Report of the Bombay Veterinary College
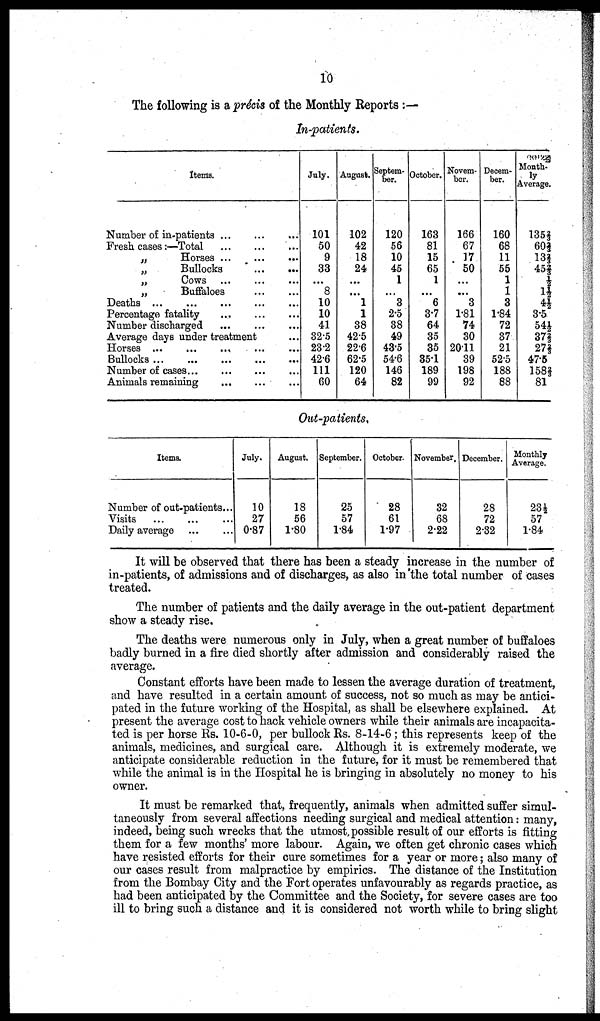
10
The following is a précis of the Monthly Reports :—
In-patients.
Items.
Number of in-patients...
...
...
Fresh cases:—Total
...
...
...
„
Horses...
...
...
„
Bullocks ... ...
...
„
Cows
...
...
...
„
Buffaloes
...
...
Deaths...
...
...
...
...
Percentage
fatality...
...
...
Number discharged
...
...
...
Average days under treatment
Horses... ... ... ... ...
Bullocks...
...
...
...
...
Number of cases...
...
...
...
Animals remaining
...
...
...
July.
101
50
9
33
...
8
10
10
41
32.5
23.2
42.6
111
60
August.
102
42
18
24
...
...
1
1
38
42.5
22.6
62.5
120
64
Septem
ber.
120
56
10
45
1
...
3
2.5
38
49
43.5
54.6
146
82
October.
163
81
15
65
1
...
6
3.7
64
35
35
35.1
189
99
Novem
ber.
166
67
17
50
...
...
3
1.81
74
30
20.11
39
198
92
Decem
ber.
160
68
11
55
1
1
3
1.84
72
37
21
52.5
188
88
Month-
Average.
135⅔
60⅔
13⅔
45⅔
½
1½
4½
3.5
54½
37⅔
27⅔
47.5
158⅔
81
Out-patients.
Items.
Number of out-patients...
Visits
...
...
...
Daily average
...
...
July.
10
27
0.87
August.
18
56
1.80
September.
25
57
1.84
October.
28
61
1.97
November.
32
68
2.22
December.
28
72
2.32
Monthly
Average.
23½
57
1.84
It will be observed that there has been a steady increase in the number of
in-patients, of admissions and of discharges, as also in the total number of cases
treated.
The number of patients and the daily average in the out-patient department
show a steady rise.
The deaths were numerous only in July, when a great number of buffaloes
badly burned in a fire died shortly after admission and considerably raised the
average.
Constant efforts have been made to lessen the average duration of treatment,
and have resulted in a certain amount of success, not so much as may be antici
pated in the future working of the Hospital, as shall be elsewhere explained. At
present the average cost to hack vehicle owners while their animals are incapacita
ted is per horse Rs. 10-6-0, per bullock Rs. 8-14-6; this represents keep of the
animals, medicines, and surgical care. Although it is extremely moderate, we
anticipate considerable reduction in the future, for it must be remembered that
while the animal is in the Hospital he is bringing in absolutely no money to his
owner.
It must be remarked that, frequently, animals when admitted suffer simul
taneously from several affections needing surgical and medical attention: many,
indeed, being such wrecks that the utmost possible result of our efforts is fitting
them for a few months' more labour. Again, we often get chronic cases which
have resisted efforts for their cure sometimes for a year or more; also many of
our cases result from malpractice by empirics. The distance of the Institution
from the Bombay City and the Fort operates unfavourably as regards practice, as
had been anticipated by the Committee and the Society, for severe cases are too
ill to bring such a distance and it is considered not worth while to bring slight